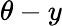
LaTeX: \theta-y